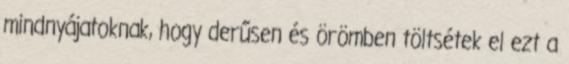
mindnyájatoknak, hogy derűsen és örömben töltsétek el ezt a